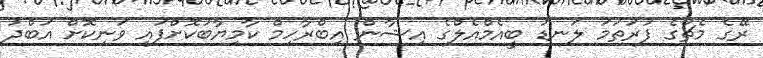
ރޭގެ މެޗުގެ ފުރަތަމަ ލަނޑު ބީއެމްއެލްގެ އިޝާން އިބްރާހިމް ކާމިޔާބުކޮށްފައި ވަނިކޮށް އަބްދު